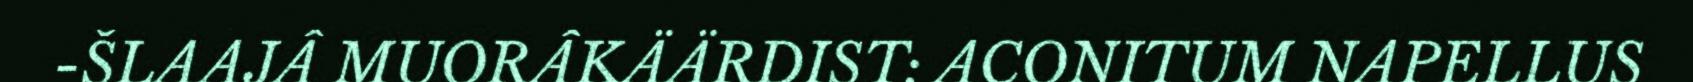
-ŠLAAJÂ MUORÂKÄÄRDIST: ACONITUM NAPELLUS